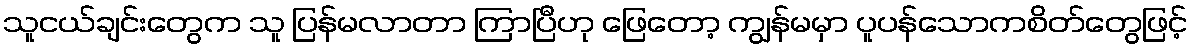
သူငယ်ချင်းတွေက သူ ပြန်မလာတာ ကြာပြီဟု ဖြေတော့ ကျွန်မမှာ ပူပန်သောကစိတ်တွေဖြင့်